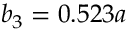
b _ { 3 } = 0 . 5 2 3 a